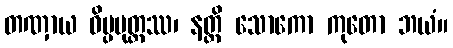
တဏှာယ ဝိပ္ပမုတ္တဿ၊ နတ္ထိ သောကော ကုတော ဘယံ။